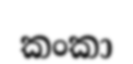
කංකා